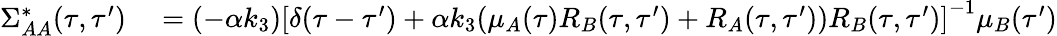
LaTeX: \begin{array}{rl}{\Sigma_{AA}^{*}(\tau,\tau^{\prime})}&{{}=(-\alpha k_{3})\left[\delta(\tau-\tau^{\prime})+\alpha k_{3}(\mu_{A}(\tau)R_{B}(\tau,\tau^{\prime})+R_{A}(\tau,\tau^{\prime}))R_{B}(\tau,\tau^{\prime})\right]^{-1}\mu_{B}(\tau^{\prime})}\end{array}